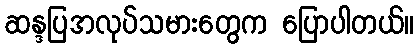
ဆန္ဒပြအလုပ်သမားတွေက ပြောပါတယ်။